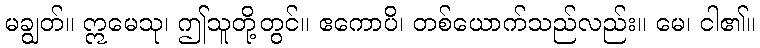
မချွတ်။ ဣမေသု၊ ဤသူတို့တွင်။ ဧကောပိ၊ တစ်ယောက်သည်လည်း။ မေ၊ ငါ၏။